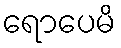
ရောပေမိ